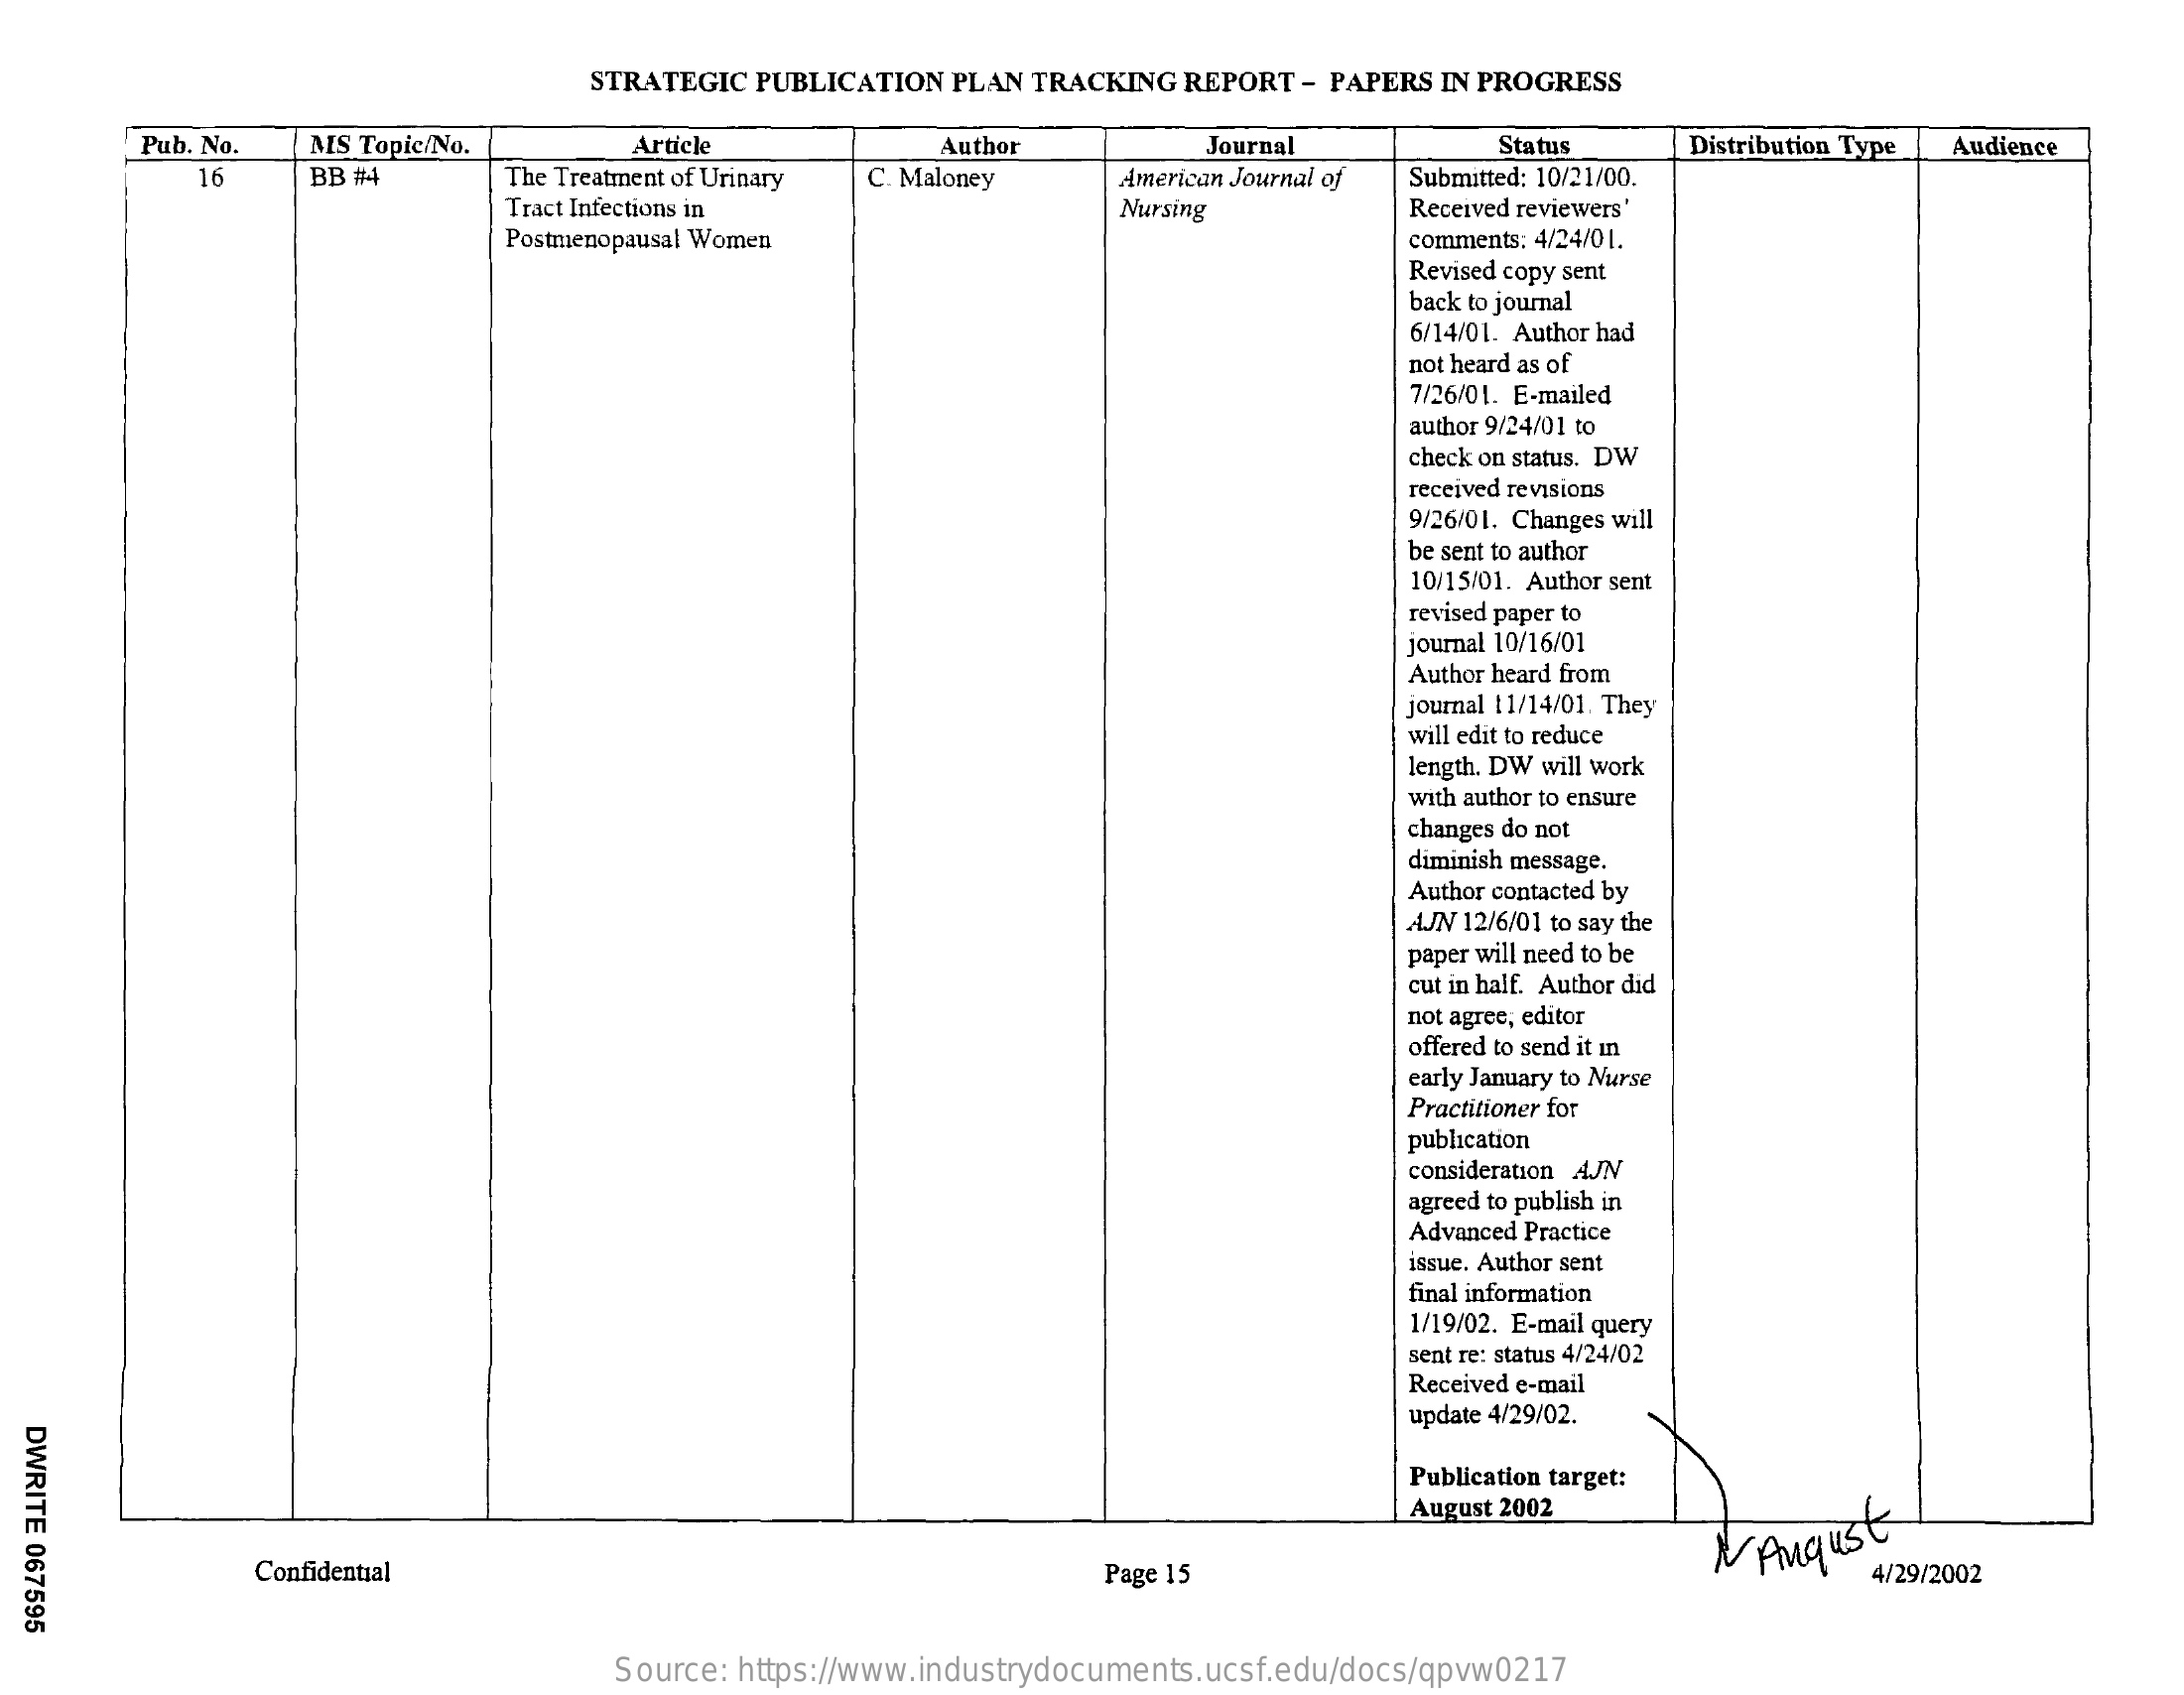
STRATEGIC PUBLICATION PLAN TRACKING REPORT - PAPERS IN PROGRESS
     Pub. No. MS Topic/No.    Article    Author    Journal    Status    Distribution Type Audience
     16    BB #4    The Treatment of Urinary C. Maloney American Journal of Submitted: 10/21/00.
     Tract Infections in    Nursing    Received reviewers'
     Postmenopausal Women    comments: 4/24/01.
     Revised copy sent
     back to journal
     6/14/01. Author had
     not heard as of
     7/26/01. E-mailed
     author 9/24/01 to
     check on status. DW
     received revisions
     9/26/01. Changes will
     be sent to author
     10/15/01. Author sent
     revised paper to
     journal 10/16/01
     Author heard from
     journal 11/14/01. They
     will edit to reduce
     length. DW will work
     with author to ensure
     changes do not
     diminish message.
     Author contacted by
     AJN 12/6/01 to say the
     paper will need to be
     cut in half. Author did
     not agree, editor
     offered to send it in
     early January to Nurse
     Practitioner for
     publication
     consideration AJN
     agreed to publish in
     Advanced Practice
     issue. Author sent
     final information
     1/19/02. E-mail query
     sent re: status 4/24/02
     Received e-mail
     update 4/29/02.
  DWRITE
  067595
     Publication target:
     August 2002
     Confidential    Page 15
     N August
     4/29/2002
     Source: https://www.industrydocuments.ucsf.edu/docs/qpvw0217